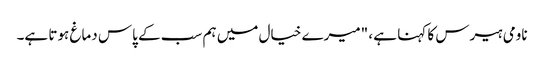
ناومی ہیرس کا کہنا ہے ، "میرے خیال میں ہم سب کے پاس دماغ ہوتا ہے۔